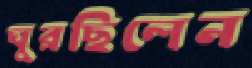
ঘুরছিলেন